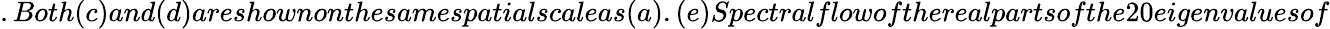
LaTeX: .Both(c)and(d)areshownonthesamespatialscaleas(a).(e)Spectralflowoftherealpartsofthe20eigenvaluesof